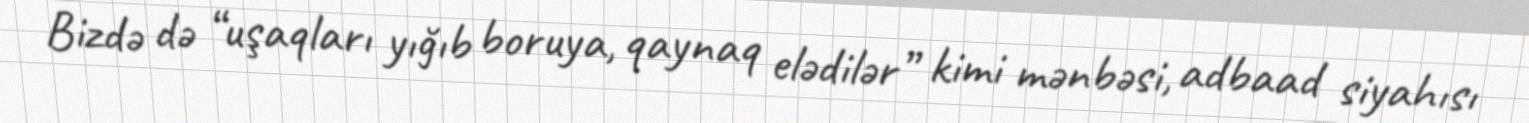
Bizdə də “uşaqları yığıb boruya, qaynaq elədilər” kimi mənbəsi, adbaad siyahısı